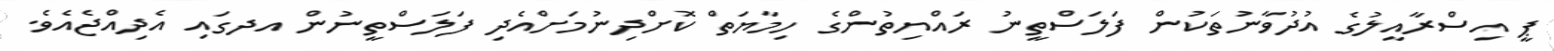
ޕީ އިސްރާއީލުގެ އުދުވާނުތަކުން ފަލަސްތީނު ރައްޔިތުންގެ ހިމާޔަތް ކޮށްދިނުމަށްއެދި ފަލަސްތީނުން އދގައި އެދިއްޖެއެވެ.